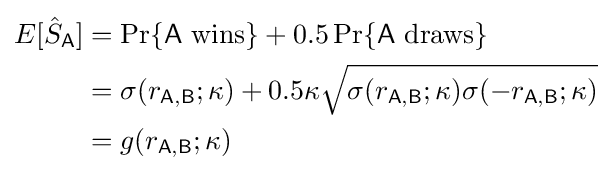
{\begin{aligned}E[{\hat {S}}_{\mathsf {A}}]&=\Pr\{{\mathsf {A}}~{\text{wins}}\}+0.5\Pr\{{\mathsf {A}}~{\text{draws}}\}\\&=\sigma (r_{\mathsf {A,B}};\kappa )+0.5\kappa {\sqrt {\sigma (r_{\mathsf {A,B}};\kappa )\sigma (-r_{\mathsf {A,B}};\kappa )}}\\&=g(r_{\mathsf {A,B}};\kappa )\end{aligned}}